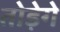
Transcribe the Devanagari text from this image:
तोड़ेगे